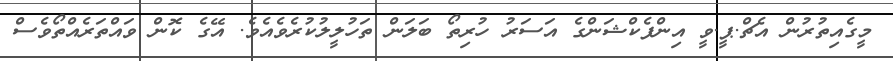
މީގެއިތުރުން އެޗް.ޕީ.ވީ އިންފެކްޝަންގެ އަސަރު ހުރިތޯ ބަލަން ތަހުލީލުކުރެވެއެވެ. އޭގެ ކޮން ވައްތަރެއްތޯވެސް